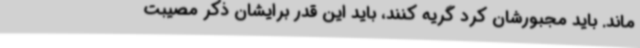
ماند. باید مجبورشان کرد گریه‌ کنند، باید این‌ قدر برایشان ذکر مصیبت